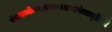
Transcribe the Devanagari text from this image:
पंचगव्येनसंस्नाप्यतथापंचामृतेनवै